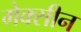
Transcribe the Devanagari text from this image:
मेक्सीन